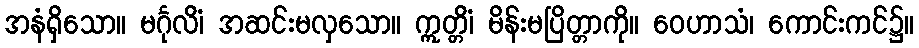
အနံရှိသော။ မင်္ဂုလိံ၊ အဆင်းမလှသော။ ဣတ္တိံ၊ မိန်းမပြိတ္တာကို။ ဝေဟာသံ၊ ကောင်းကင်၌။